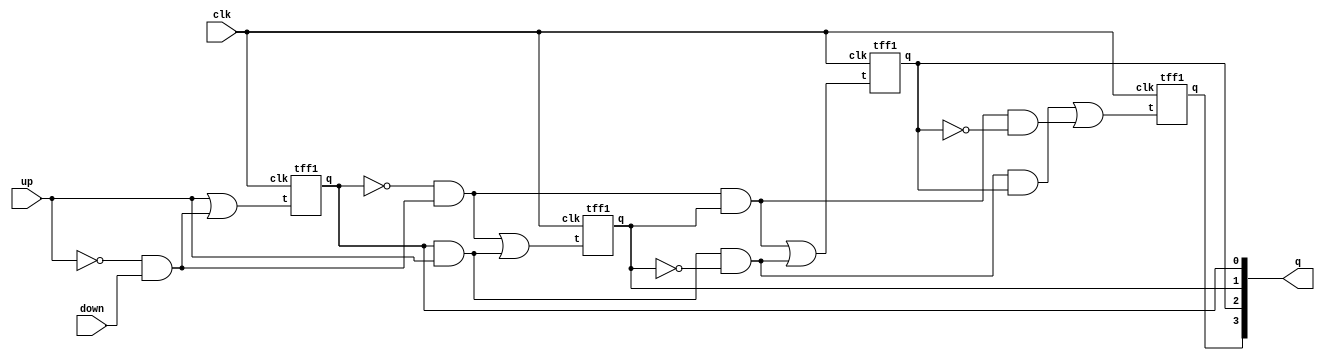
module q3_3(clk, q, up, down);
input up, down,clk;
output [3:0]q;

and(p1, ~up, down);
or(p2, up, p1);
tff1 s0(p2, clk, q[0]);

and(p3, ~q[0], p1);
and(p4, q[0], up);
or(p5, p3, p4);
tff1 s1(p5, clk, q[1]);

and(p6, p3, q[1]);
and(p7, p4, ~q[1]);
or(p8, p6, p7);
tff1 s2(p8, clk, q[2]);

and(p9, p6, ~q[2]);
and(p10, p7, q[2]);
or(p11, p10, p9);
tff1 s3(p11, clk, q[3]);

endmodule

module tff1(t,clk,q);
input t, clk;
output q;
reg q;
always @ (negedge clk)
	if( !t )
		q <= q;
	else
	q<=~q;
endmodule